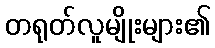
တရုတ်လူမျိုးများ၏